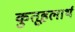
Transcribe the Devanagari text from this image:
कुतूहलार्थ